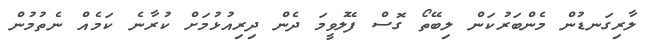
ލާރިގަނޑުން މެންބަރުކަން ލިބޭތޯ ގޮސް ފޭލުވީމަ ދެން ދިރިއުޅުމަށް ކުރާނެ ކަމެއް ނެތުމުން